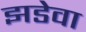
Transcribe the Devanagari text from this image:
झडेवा